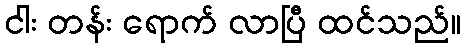
ငါး တန်း ရောက် လာပြီ ထင်သည်။